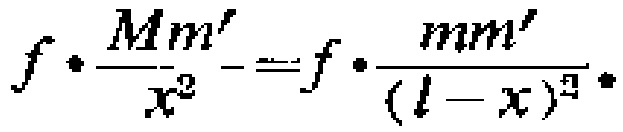
\[f\cdot\frac{Mm'}{x^{2}} = f\cdot\frac{mm'}{(l - x)^{2}}\]